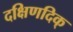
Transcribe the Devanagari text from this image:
दक्षिणदिक्